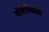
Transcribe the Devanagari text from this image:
डोमेनिकोस